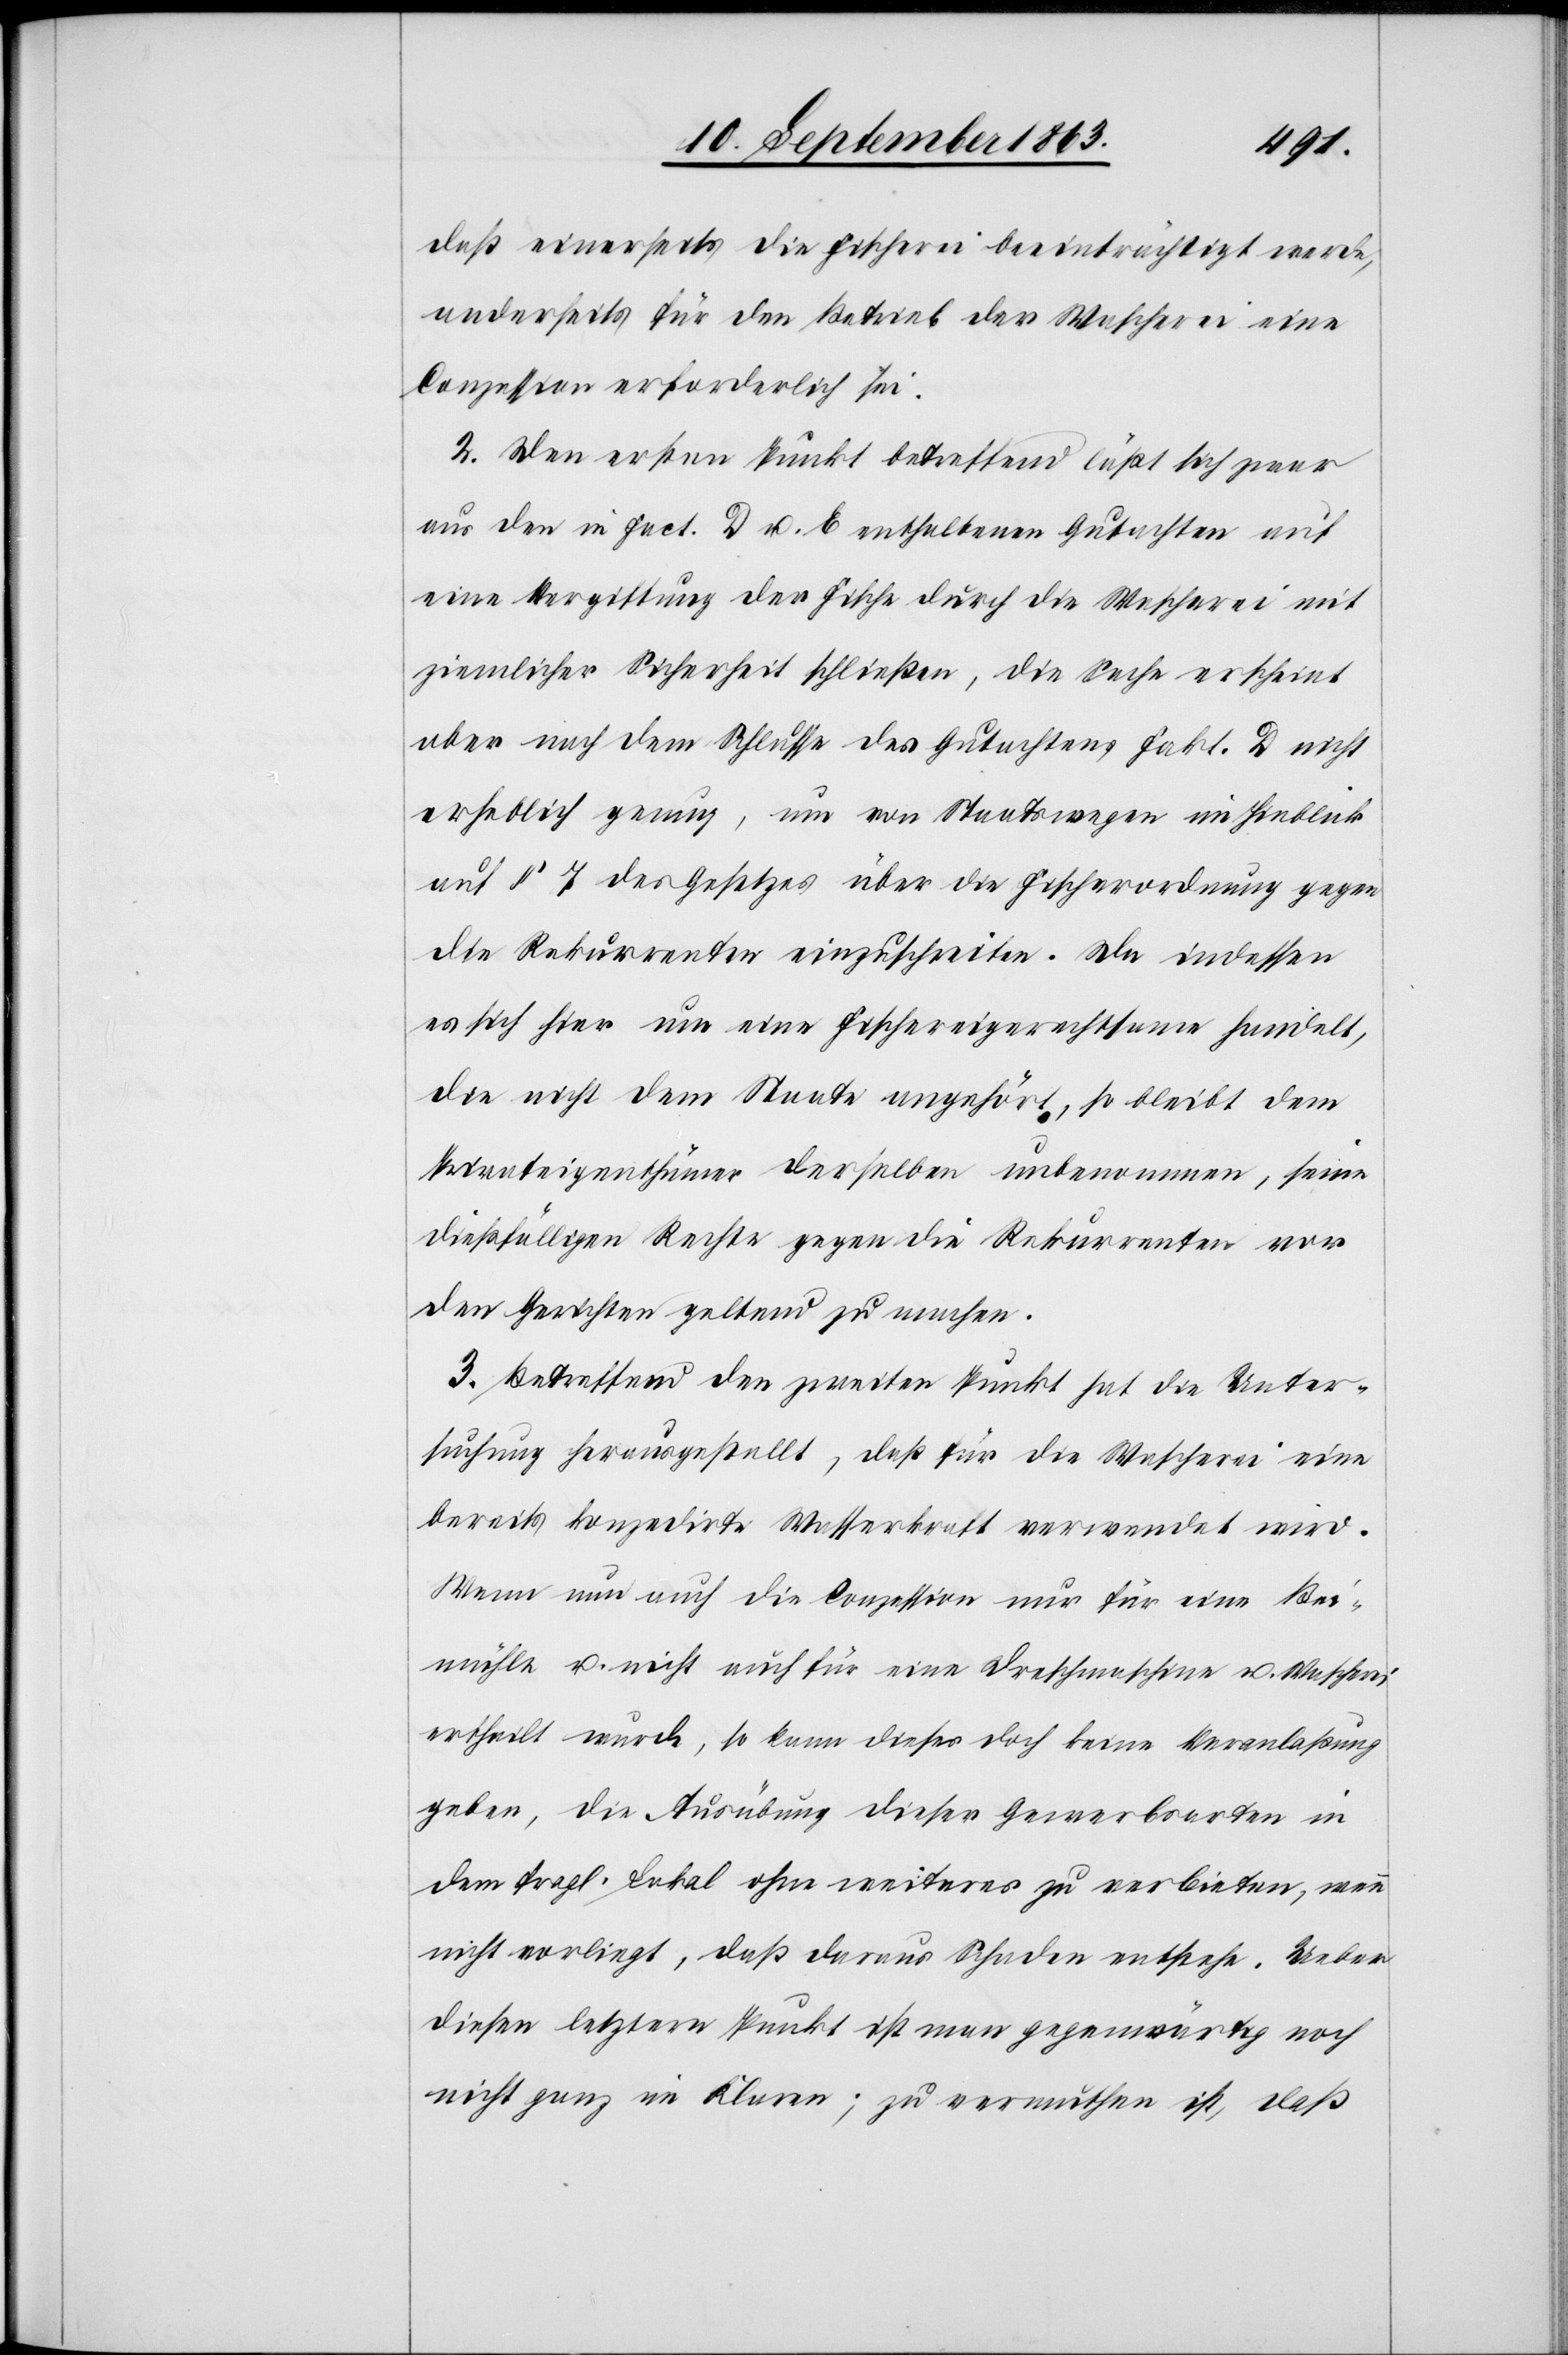
daß einerseits die Fischerei beeinträchtigt werde,
anderseits für den Betrieb der Wascherei eine
Conzession erforderlich sei.
2. Den ersten Punkt betreffend läßt sich zwar
aus den in Fact. D u. E enthaltenen Gutachten auf
eine Vergiftung der Fische durch die Wascherei mit
ziemlicher Sicherheit schließen, die Sache erscheint
aber nach dem Schlusse des Gutachtens Fakt. D nicht
erheblich genug, um von Staatswegen im Hinblick
auf § 7 des Gesetzes über die Fischerordnung gegen
die Rekurrenten einzuschreiten. Da indessen
es sich hier um eine Fischereigerechtsame handelt,
die nicht dem Staate angehört, so bleibt dem
Privateigenthümer derselben unbenommen, seine
dießfälligen Rechte gegen die Rekurrenten vor
den Gerichten geltend zu machen.
3. Betreffend den zweiten Punkt hat die Unter¬
suchung herausgestellt, daß für die Wascherei eine
bereits konzedirte Wasserkraft verwendet wird.
Wenn nun auch die Conzession nur für eine Bei¬
mühle u. nicht auch für eine Dreschmaschine u. Wascherei
ertheilt wurde, so kann dieses doch keine Veranlaßung
geben, die Ausübung dieser Gewerbsarten in
dem fragl. Lokal ohne weiteres zu verbieten, wenn
nicht vorliegt, daß daraus Schaden entstehe. Ueber
diesen letztern Punkt ist man gegenwärtig noch
nicht ganz im Klaren; zu vermuthen ist, daß